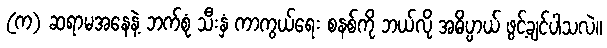
(က) ဆရာမအနေနဲ့ ဘက်စုံ သီးနှံ ကာကွယ်ရေး စနစ်ကို ဘယ်လို အဓိပ္ပာယ် ဖွင့်ချင်ပါသလဲ။